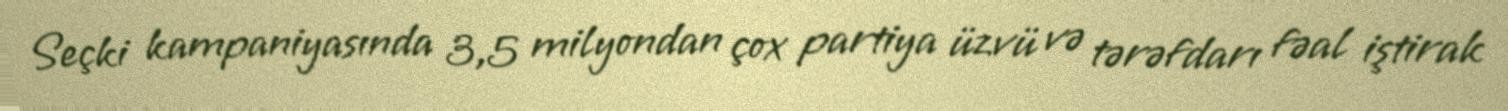
Seçki kampaniyasında 3,5 milyondan çox partiya üzvü və tərəfdarı fəal iştirak